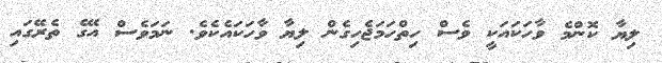
ލިޔާ ކޮންމެ ވާހަކައަކީ ވެސް ހިތްހަމަޖެހިގެން ލިޔާ ވާހަކައެކެވެ. ނަމަވެސް އޭގެ ތެރޭގައި